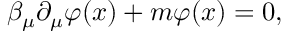
\beta _ { \mu } \partial _ { \mu } \varphi ( x ) + m \varphi ( x ) = 0 ,